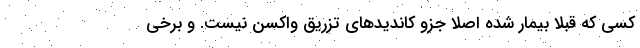
کسی که قبلا بیمار شده اصلا جزو کاندیدهای تزریق واکسن نیست. و برخی